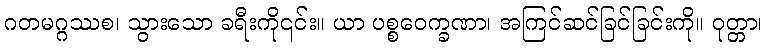
ဂတမဂ္ဂဿစ၊ သွားသော ခရီးကို၎င်း။ ယာ ပစ္စဝေက္ခဏာ၊ အကြင်ဆင်ခြင်ခြင်းကို။ ဝုတ္တာ၊